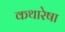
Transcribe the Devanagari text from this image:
कथारेषा